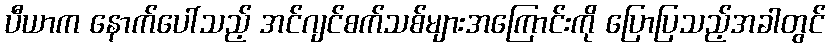
ပီယာက နောက်ပေါ်သည့် အင်ဂျင်စက်သစ်များအကြောင်းကို ပြောပြသည့်အခါတွင်